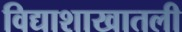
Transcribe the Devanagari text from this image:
विद्याशाखातली